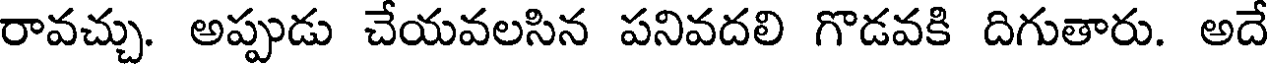
రావచ్చు. అప్పుడు చేయవలసిన పనివదలి గొడవకి దిగుతారు. అదే